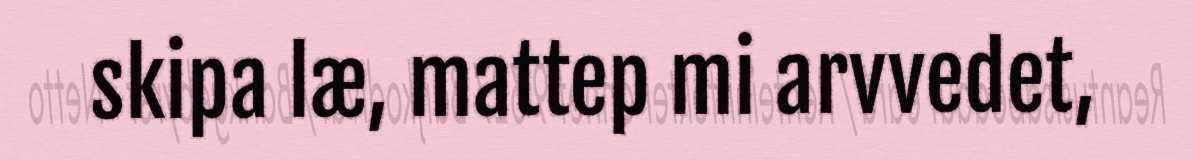
skipa læ, mattep mi arvvedet,